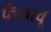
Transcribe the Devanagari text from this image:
फैलावू